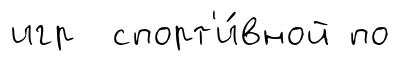
игр спорт'и́вной по